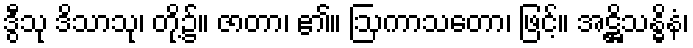
ဒွီသု ဒိသာသု၊ တို့၌။ ဇာတာ၊ ၏။ ဩကာသတော၊ ဖြင့်။ အဋ္ဌိသန္ဓိနံ၊